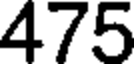
475